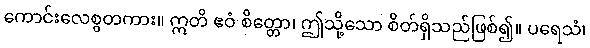
ကောင်းလေစွတကား။ ဣတိ ဧဝံ စိတ္တော၊ ဤသို့သော စိတ်ရှိသည်ဖြစ်၍။ ပရေသံ၊